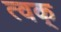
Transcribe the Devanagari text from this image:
त्वक्‌